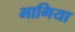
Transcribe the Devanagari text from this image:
भागिया